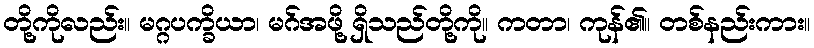
တို့ကိုလည်း။ မဂ္ဂပက္ခိယာ၊ မဂ်အဖို့ ရှိသည်တို့ကို။ ကတာ၊ ကုန်၏။ တစ်နည်းကား။